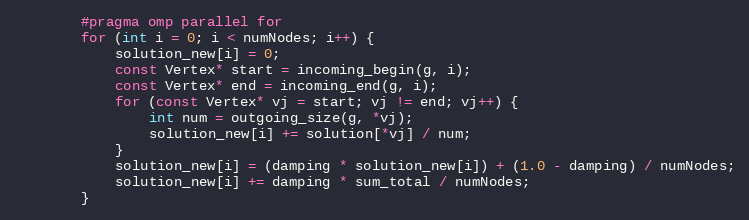
Language: C++
		#pragma omp parallel for
        for (int i = 0; i < numNodes; i++) {
            solution_new[i] = 0;
			const Vertex* start = incoming_begin(g, i);
			const Vertex* end = incoming_end(g, i);
			for (const Vertex* vj = start; vj != end; vj++) {
				int num = outgoing_size(g, *vj);
				solution_new[i] += solution[*vj] / num;
			}
            solution_new[i] = (damping * solution_new[i]) + (1.0 - damping) / numNodes;
            solution_new[i] += damping * sum_total / numNodes;
        }